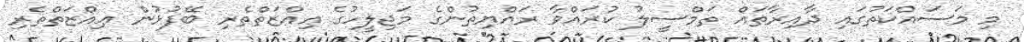
މި މަސައްކަތުގައި ދާއިރާތައް ތަމްސީލު ކުރައްވާ ރައްޔިތުންގެ މަޖިލީހުގެ ޢިއްޒަތްތެރި ބޭފުޅުން ޢިއްޒަތްތެރި